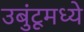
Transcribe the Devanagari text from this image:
उबुंटूमध्ये